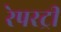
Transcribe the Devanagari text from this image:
रेपरट्री